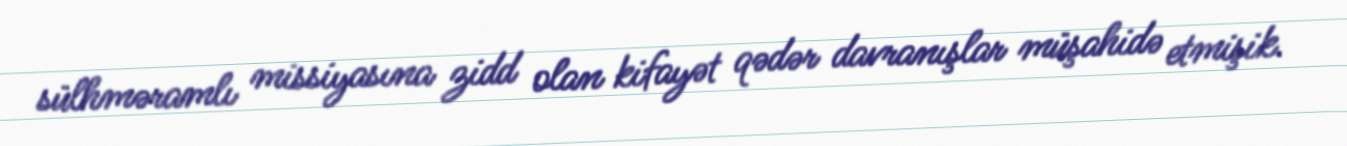
sülhməramlı missiyasına zidd olan kifayət qədər davranışlar müşahidə etmişik.